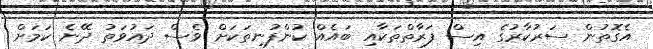
އެގޮތުން ސަރުކާރުގެ އިސް ފަރާތްތަކާއި ބައެއް ކުންފުނިތަކަށް ވެސް ދައުވަތު ދޭނެ ކަމަށް